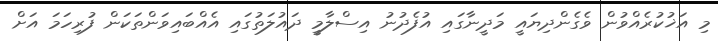
މި އަޚުކުރެއްވުން ވެގެންދިޔައީ މަދީނާގައި އުފެދުނު އިސްލާމީ ދައުލަތުގައި އެއްބައިވަންތަކަން ފުރިހަމަ އަށް